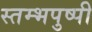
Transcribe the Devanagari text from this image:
स्तम्भपुष्पी